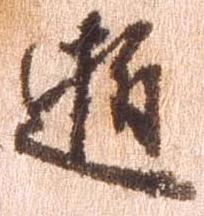
逝